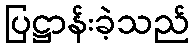
ပြဋ္ဌာန်းခဲ့သည်